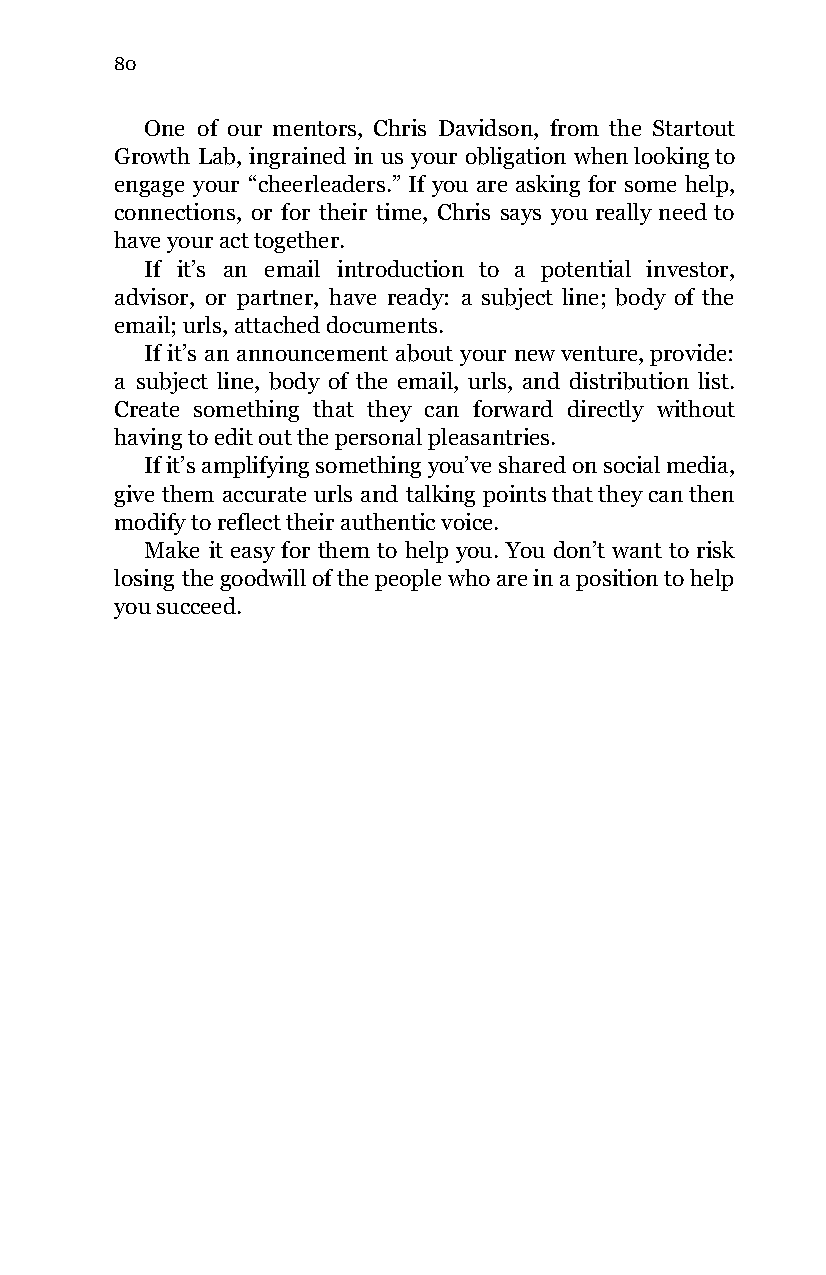
80
 One of our mentors, Chris Davidson, from the Startout
 Growth Lab, ingrained in us your obligation when looking to
 engage your “cheerleaders.” If you are asking for some help,
 connections, or for their time, Chris says you really need to
 have your act together.
 If it’s an email introduction to a potential investor,
 advisor, or partner, have ready: a subject line; body of the
 email; urls, attached documents.
 If it’s an announcement about your new venture, provide:
 a subject line, body of the email, urls, and distribution list.
 Create something that they can forward directly without
 having to edit out the personal pleasantries.
 If it’s amplifying something you’ve shared on social media,
 give them accurate urls and talking points that they can then
 modify to reflect their authentic voice.
 Make it easy for them to help you. You don’t want to risk
 losing the goodwill of the people who are in a position to help
 you succeed.